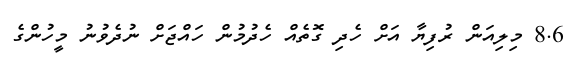
8.6 މިލިއަން ރުފިޔާ އަށް ހެދި ގޮތެއް ހެދުމުން ހައްޖަށް ނުދެވުނު މީހުންގެ